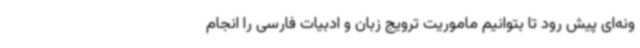
ونه‌ای پیش رود تا بتوانیم ماموریت ترویج زبان و ادبیات فارسی را انجام